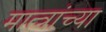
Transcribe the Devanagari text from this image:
मात्त्रांच्या